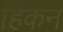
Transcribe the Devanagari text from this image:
हिंकन